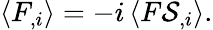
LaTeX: \left\langle F_{,i}\right\rangle=-i\left\langle F{\mathcal{S}}_{,i}\right\rangle.